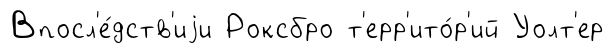
Впосл'е́дств'иjи Роксбро т'ерр'ито́р'ий Уолт'ер